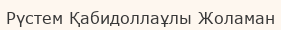
Рүстем Қабидоллаұлы Жоламан